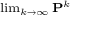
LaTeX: \scriptstyle \operatorname* { l i m } _ { k \to \infty } \mathbf { P } ^ { k }